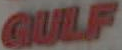
GULF